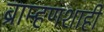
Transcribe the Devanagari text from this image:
ब्राम्हणशाही